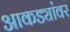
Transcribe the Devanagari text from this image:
आकड्यांवर